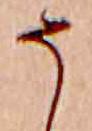
そ